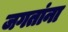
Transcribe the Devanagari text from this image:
जगतांना